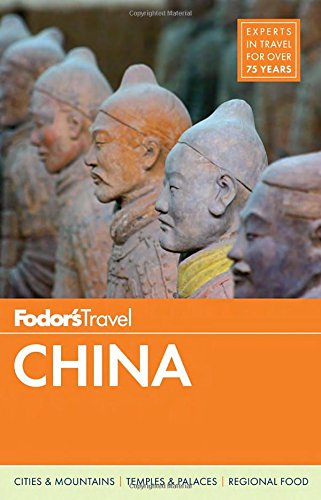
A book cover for Fodor's China (Full-color Travel Guide); Fodor's; Travel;